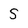
Character: 5